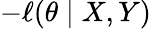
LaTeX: -\ell(\theta\mid X,Y)